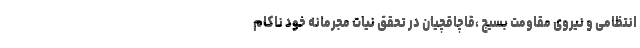
انتظامی و نیروی مقاومت بسیج ،قاچاقچیان در تحقق نیات مجرمانه خود ناکام